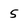
Character: 5